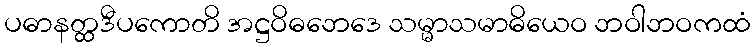
ပဓာနတ္ထဒီပကောတိ အဋ္ဌဝိဓဘေဒေ သမ္မာသမာဓိယေဝ ဘဝါဘဝကထံ